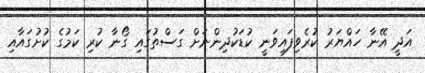
އަދީ އޭނާ ހައްޔަރު ކުރެވިފައިވަނީ ކުޑަކުދިންނަށް ގަސްތުގައި ގޯނާ ކުރި ކަމުގެ ކުށުގައާއި